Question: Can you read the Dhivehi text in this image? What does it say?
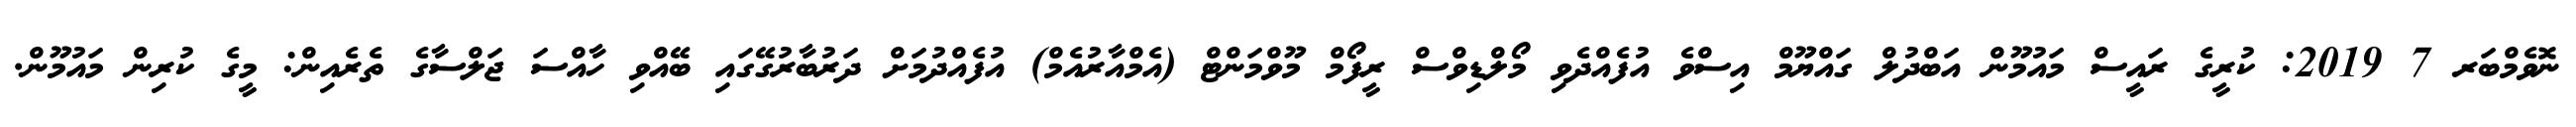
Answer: ނޮވެމްބަރ 7 2019: ކުރީގެ ރައީސް މައުމޫން އަބްދުލް ގައްޔޫމް އިސްވެ އުފެއްދެވި މޯލްޑިވްސް ރީފޯމް މޫވްމަންޓް (އެމްއާރުއެމް) އުފެއްދުމަށް ދަރުބާރުގޭގައި ބޭއްވި ހާއްސަ ޖަލްސާގެ ތެރެއިން: މީގެ ކުރިން މައުމޫން.